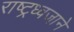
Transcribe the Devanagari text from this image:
राष्ट्रध्वजाने